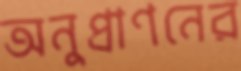
অনুপ্রাণনের